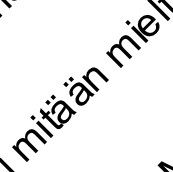
mit ä ä n mi e